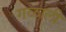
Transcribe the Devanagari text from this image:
गळाली